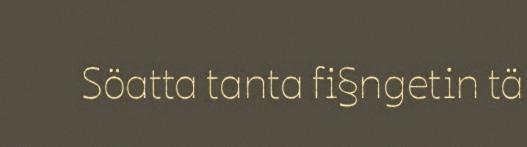
Söatta tanta fi§ngetin tä